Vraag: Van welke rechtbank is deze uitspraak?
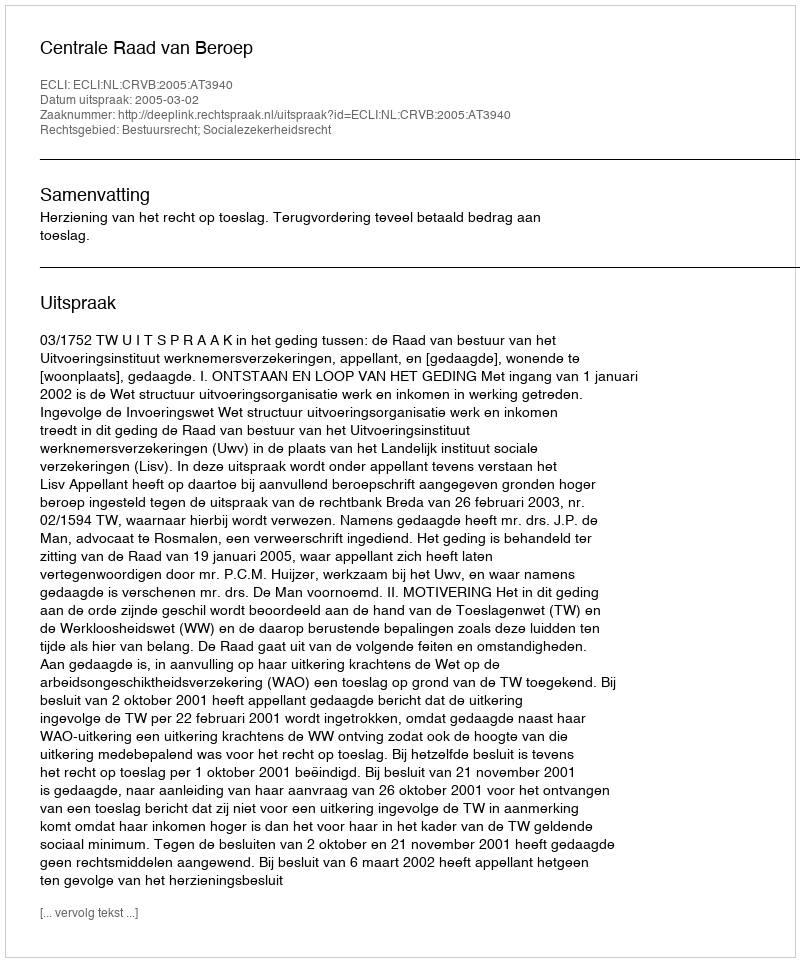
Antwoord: Centrale Raad van Beroep